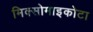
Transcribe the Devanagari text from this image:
मिक्सोमाइकोटा